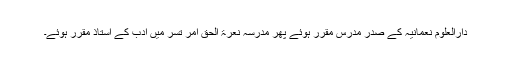
دارالعلوم نعمانیہ کے صدر مدرس مقرر ہوئے پھر مدرسہ نعرۃ الحق امر تسر میں ادب کے استاذ مقرر ہوئے۔